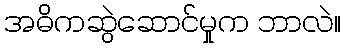
အဓိကဆွဲဆောင်မှုက ဘာလဲ။